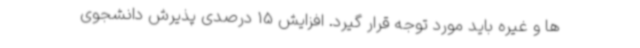
ها و غیره باید مورد توجه قرار گیرد. افزایش 15 درصدی پذیرش دانشجوی